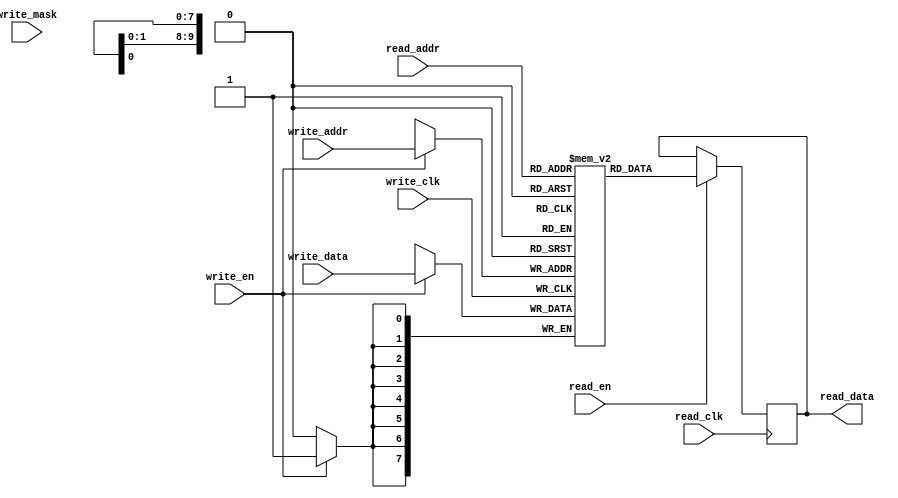
`timescale 1ns/10ps
/*
ram_dp_generic.v

2019-04-08 Samuel B Powell
samuel.powell@uq.edu.au

Dual-port RAM with asynchronous clocks. Read and write ports are the same width.
Bit-level write-masking is optional, but is perhaps not synthesizable as coded here.


ram_dp_generic #(
    .DataWidth(8),    // word size, in bits
    .DataDepth(1024), // RAM size, in words
    .AddrWidth(10),   // enough bits for DataDepth
    .MaskEnable(0),   // enable write_mask if non-zero
    .InitFile(""),    // initialize using $readmemh if InitCount > 0
    .InitValue(0),    // initialize to value if InitFile == "" and InitCount > 0
    .InitCount(0)    // number of words to init using InitFile or InitValue
) ram_dp_generic_0 (
    .write_clk(),  // in: write domain clock
    .write_en(),   // in: write enable
    .write_addr(), // in [AddrWidth]: write address
    .write_data(), // in [DataWidth]: written on posedge write_clk when write_en == 1
    .write_mask(), // in [DataWidth]: only low bits are written
    .read_clk(),   // in: read domain clock
    .read_en(),    // in: read enable
    .read_addr(),  // in [AddrWidth]: read address
    .read_data()   // out [DataWidth]: registered on posedge read_clk when read_en == 1
);
*/
module ram_dp_generic #(
    parameter DataWidth = 8,
    parameter DataDepth = 1024,
    parameter AddrWidth = 10,
    parameter MaskEnable = 0,
    parameter InitFile = "",
    parameter InitValue = 0,
    parameter InitCount = 0
) (
    //write
    input wire write_clk,
    input wire write_en,
    input wire [AddrWidth-1:0] write_addr,
    input wire [DataWidth-1:0] write_data,
    input wire [DataWidth-1:0] write_mask,

    input wire read_clk,
    input wire read_en,
    input wire [AddrWidth-1:0] read_addr,
    output reg [DataWidth-1:0] read_data
);

//memory
reg [DataWidth-1:0] mem [0:DataDepth-1];

//initialize
generate
if(InitCount > 0) begin
    integer i;
    initial begin
        if(InitFile != "") begin
            $readmemh(InitFile, mem, 0, InitCount-1);
        end else begin
            for(i = 0; i < InitCount && i < DataDepth; i = i + 1)
                mem[i] = InitValue[DataWidth-1:0];
        end
        read_data <= mem[0];
    end
end
endgenerate

//write port
generate
if(MaskEnable == 0) begin
    always @(posedge write_clk) begin
        if(write_en == 1'b1) mem[write_addr] <= write_data;
    end
end else begin //MaskEnable
    always @(posedge write_clk) begin
        if(write_en == 1'b1) begin
            //this probably won't synthesize correctly to an inferred BRAM because
            //it reads before writing, but without using the read-port (which is
            //in a different clock domain here!)
            //it *might* synthesize correctly if write_clk == read_clk
            mem[write_addr] <= (mem[write_addr] & write_mask) | (write_data & ~write_mask);
        end
    end
end
endgenerate

//read port
always @(posedge read_clk) begin
    if(read_en == 1'b1) read_data <= mem[read_addr];
end

endmodule